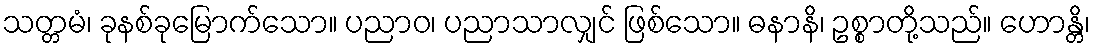
သတ္တမံ၊ ခုနစ်ခုမြောက်သော။ ပညာဝ၊ ပညာသာလျှင် ဖြစ်သော။ ဓနာနိ၊ ဥစ္စာတို့သည်။ ဟောန္တိ၊